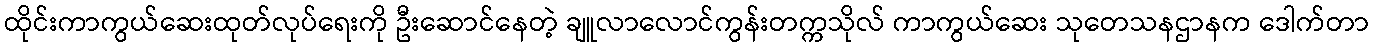
ထိုင်းကာကွယ်ဆေးထုတ်လုပ်ရေးကို ဦးဆောင်နေတဲ့ ချူလာလောင်ကွန်းတက္ကသိုလ် ကာကွယ်ဆေး သုတေသနဌာနက ဒေါက်တာ